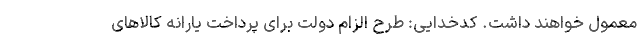
معمول خواهند داشت. کدخدایی: طرح الزام دولت برای پرداخت یارانه کالاهای